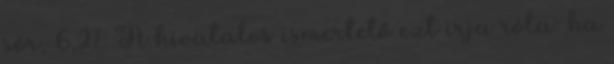
sör, 6,2%. A hivatalos ismertető ezt írja róla: ha